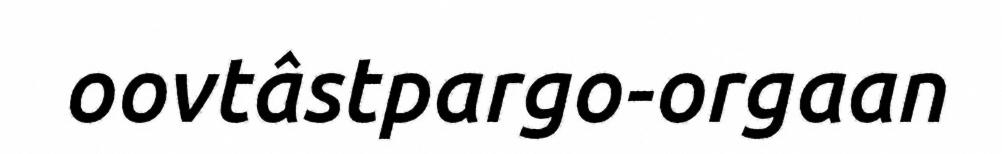
oovtâstpargo-orgaan